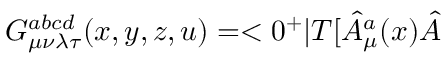
G _ { \mu \nu \lambda \tau } ^ { a b c d } ( x , y , z , u ) = < 0 ^ { + } | T [ \hat { A } _ { \mu } ^ { a } ( x ) \hat { A }